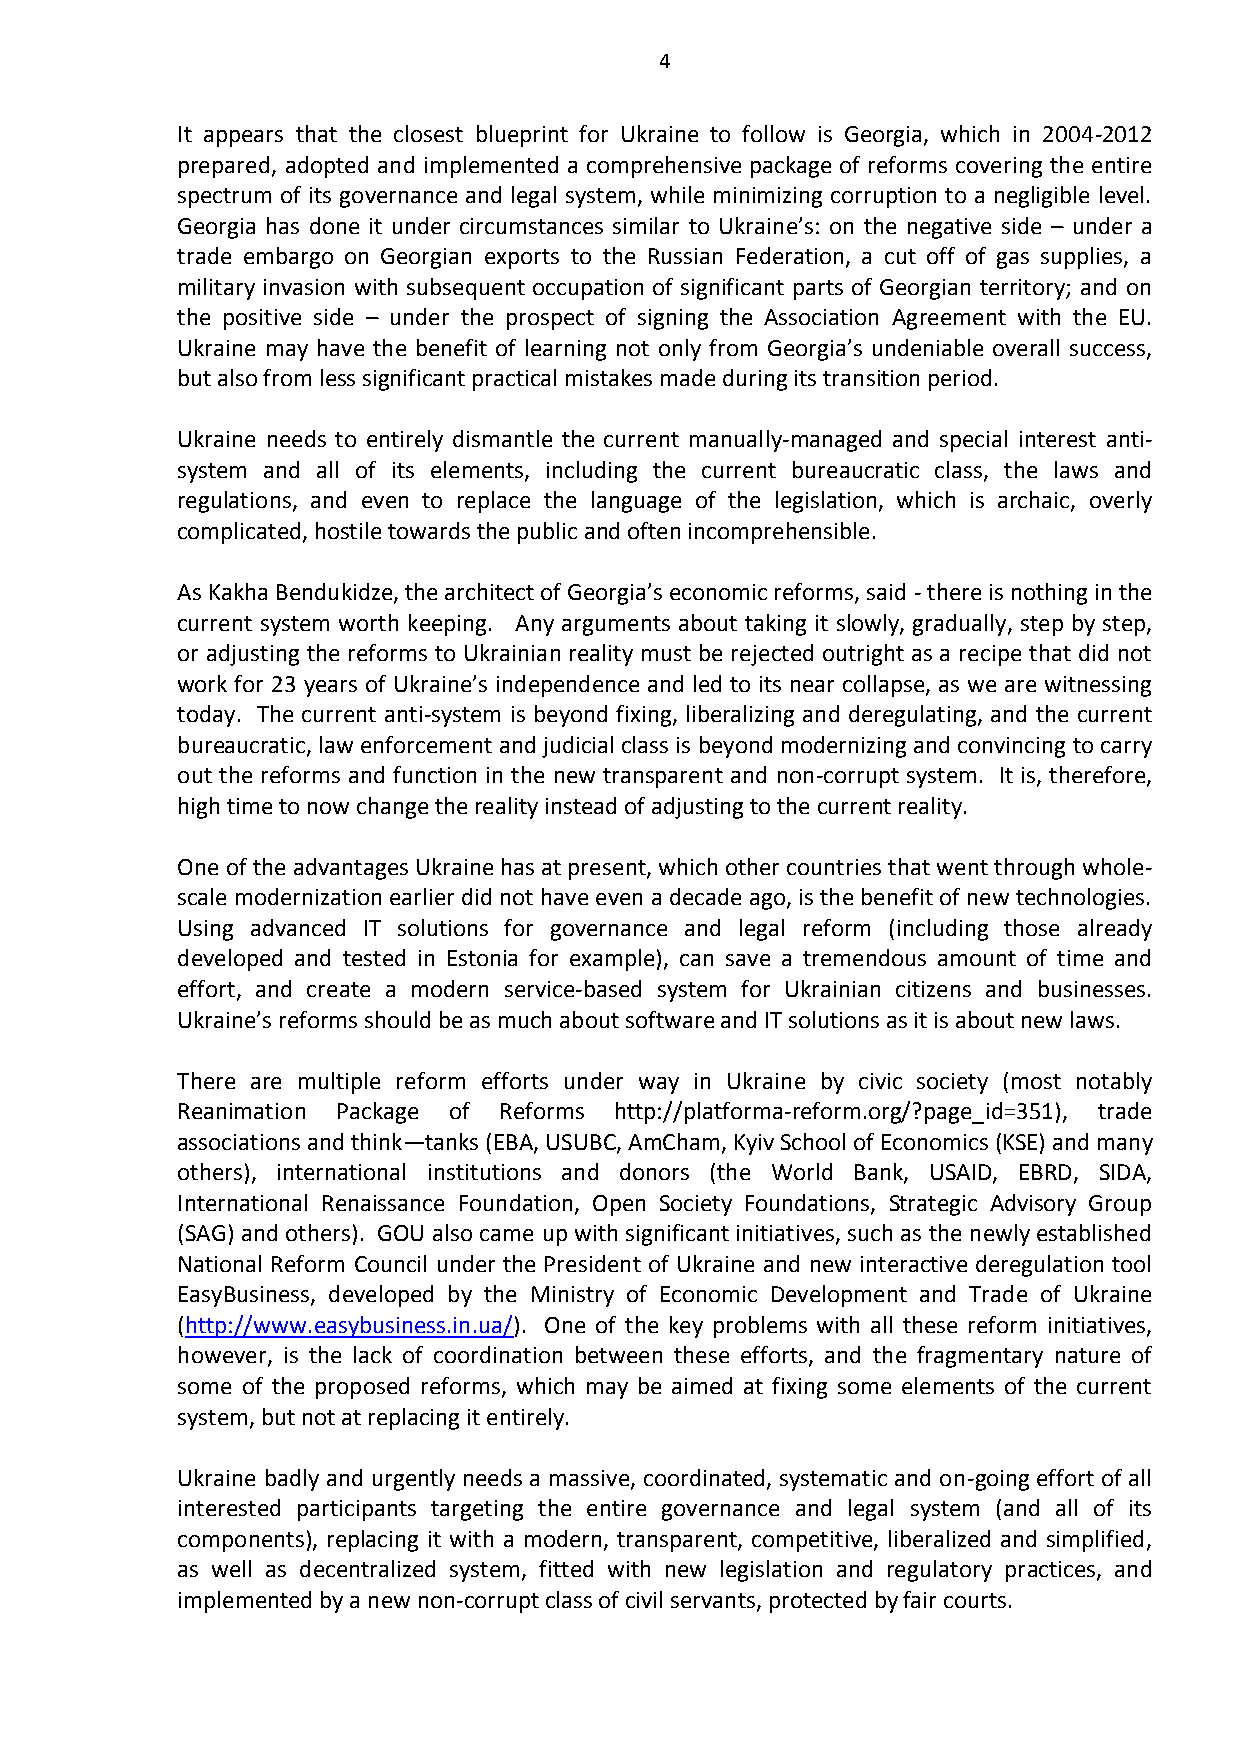
4
 It appears that the closest blueprint for Ukraine to follow is Georgia, which in 2004-2012
 prepared, adopted and implemented a comprehensive package of reforms covering the entire
 spectrum of its governance and legal system, while minimizing corruption to a negligible level.
 Georgia has done it under circumstances similar to Ukraine’s: on the negative side – under a
 trade embargo on Georgian exports to the Russian Federation, a cut off of gas supplies, a
 military invasion with subsequent occupation of significant parts of Georgian territory; and on
 the positive side – under the prospect of signing the Association Agreement with the EU.
 Ukraine may have the benefit of learning not only from Georgia’s undeniable overall success,
 but also from less significant practical mistakes made during its transition period.
 Ukraine needs to entirely dismantle the current manually-managed and special interest anti-
 system and all of its elements, including the current bureaucratic class, the laws and
 regulations, and even to replace the language of the legislation, which is archaic, overly
 complicated, hostile towards the public and often incomprehensible.
 As Kakha Bendukidze, the architect of Georgia’s economic reforms, said - there is nothing in the
 current system worth keeping. Any arguments about taking it slowly, gradually, step by step,
 or adjusting the reforms to Ukrainian reality must be rejected outright as a recipe that did not
 work for 23 years of Ukraine’s independence and led to its near collapse, as we are witnessing
 today. The current anti-system is beyond fixing, liberalizing and deregulating, and the current
 bureaucratic, law enforcement and judicial class is beyond modernizing and convincing to carry
 out the reforms and function in the new transparent and non-corrupt system. It is, therefore,
 high time to now change the reality instead of adjusting to the current reality.
 One of the advantages Ukraine has at present, which other countries that went through whole-
 scale modernization earlier did not have even a decade ago, is the benefit of new technologies.
 Using advanced IT solutions for governance and legal reform (including those already
 developed and tested in Estonia for example), can save a tremendous amount of time and
 effort, and create a modern service-based system for Ukrainian citizens and businesses.
 Ukraine’s reforms should be as much about software and IT solutions as it is about new laws.
 There are multiple reform efforts under way in Ukraine by civic society (most notably
 Reanimation Package of Reforms http://platforma-reform.org/?page_id=351), trade
 associations and think—tanks (EBA, USUBC, AmCham, Kyiv School of Economics (KSE) and many
 others), international institutions and donors (the World Bank, USAID, EBRD, SIDA,
 International Renaissance Foundation, Open Society Foundations, Strategic Advisory Group
 (SAG) and others). GOU also came up with significant initiatives, such as the newly established
 National Reform Council under the President of Ukraine and new interactive deregulation tool
 EasyBusiness, developed by the Ministry of Economic Development and Trade of Ukraine
 (http://www.easybusiness.in.ua/). One of the key problems with all these reform initiatives,
 however, is the lack of coordination between these efforts, and the fragmentary nature of
 some of the proposed reforms, which may be aimed at fixing some elements of the current
 system, but not at replacing it entirely.
 Ukraine badly and urgently needs a massive, coordinated, systematic and on-going effort of all
 interested participants targeting the entire governance and legal system (and all of its
 components), replacing it with a modern, transparent, competitive, liberalized and simplified,
 as well as decentralized system, fitted with new legislation and regulatory practices, and
 implemented by a new non-corrupt class of civil servants, protected by fair courts.